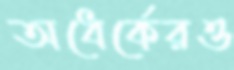
অধের্কেরও